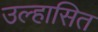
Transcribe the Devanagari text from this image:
उल्हासित